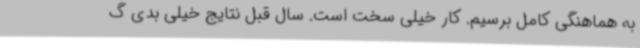
به هماهنگی کامل برسیم. کار خیلی سخت است. سال قبل نتایج خیلی بدی گ